Reports on military cantonments and civil stations in the Presidency of Bombay inspected by the Sanitary Commissioner in the years 1875 and 1876
Year: 1875
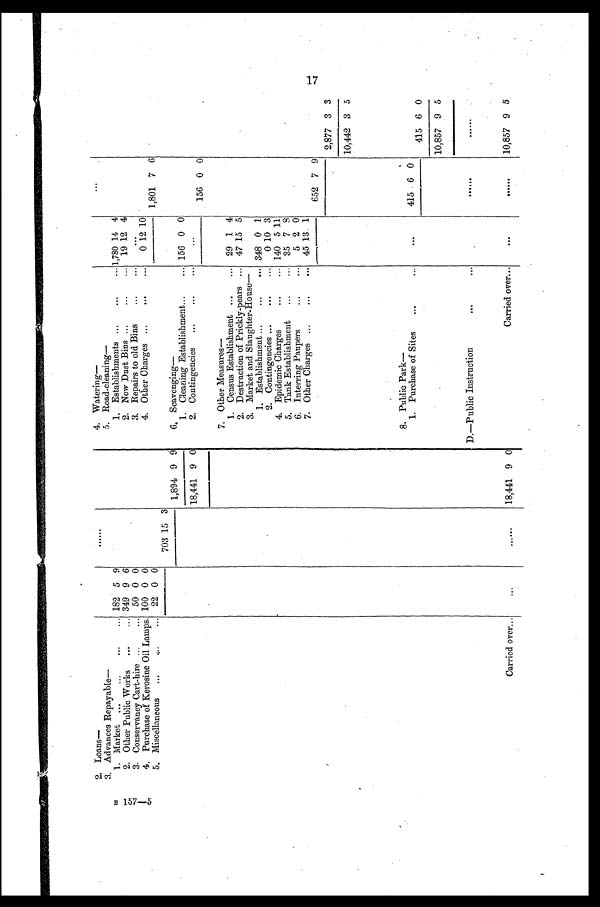
B 157—5
2. Loans—
4. Watering—
. .
3. Advances Repayable—
....
5. Road-cleaning —
1. Market
182 5 9
1, Establishments
1,780 14 4
2. Other Public Works
349 9 6
..
2. New Dust Bins ...... 19 12 4
3. Conservancy Cart-hire
50 0 0
3. Repairs to old Bins
...
4. Purchase of Kerosine Oil Lamps. 100 0 0
4. Other Charges
0 12 10
5, Miscellaneous
22 0 0
1,801 7 6
---
703 15 3
1,894 9 9
6. Scavenging —
1. Cleaning Establishment
156 0 0
18,441 9 0
2. Contingencies
156 0 0
7. Other Measures
—
1. Census Establishment
29 1 4
2. Destruction of Prickly-pears
47 15 5
3. Market and Slaughter-House —
1. Establishment
348 0 1
.
,
2 . C o n t i n g e n c i e s 0 10 3
4. Epidemic Charges
140 5 11
5. Tank Establishment
35 7 8
6. Interring Paupers
5 2 0
7. Other Charges
45 13 1
.
652 7 9
2,877 3 3
10,442 3 5
8. Public Park—
1. Purchase of Sites
415 6 0
415 6 0
10,857 9 5
D.—Public Instruction
Carried over...
18,441 9 0
Carried over...
. . .
...
10,857 9 5
17